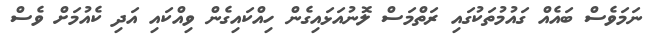
ނަމަވެސް ބައެއް ގައުމުތަކުގައި ރަތްމަސް ލޮނުއަޅައިގެން ހިއްކައިގެން ވިއްކައި އަދި ކެއުމަށް ވެސް